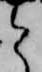
と